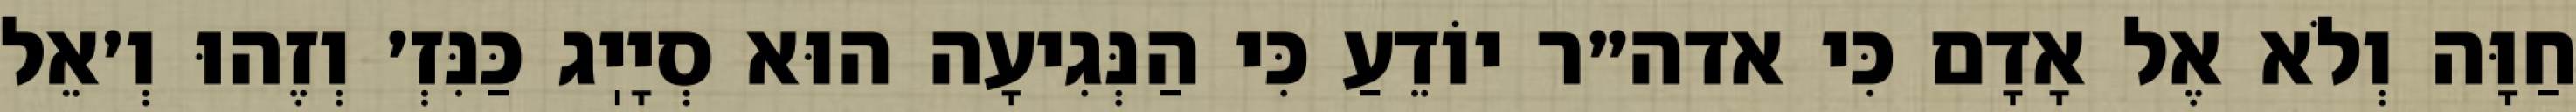
חַוָּה וְלֹא אֶל אָדָם כִּי אדה״ר יוֹדֵעַ כִּי הַנְּגִיעָה הוּא סְיָיֽג כַּנִּזְ׳ וְזֶהוּ וְ׳אֵל